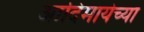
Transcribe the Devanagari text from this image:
आदिमायेच्या